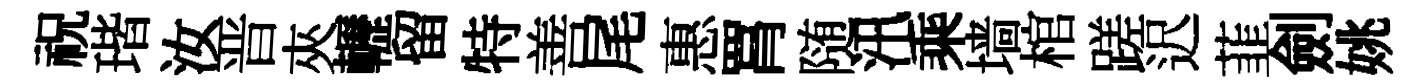
祝瑎汝晋夾轣留特善尾惠罥随汛乘墙棺蹉迟韮劍姚